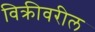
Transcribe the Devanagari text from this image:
विक्रीवरील